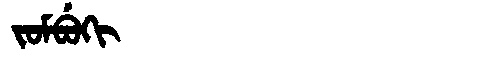
Manchu: ᠵᠣᠮᠪᡠᡴᡳ
Romanization: JOMBUKI